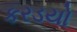
કરડયો